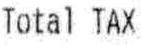
TOTAL TAX